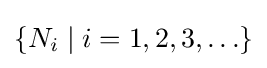
\{N_{i}\mid i=1,2,3,\ldots \}